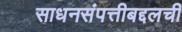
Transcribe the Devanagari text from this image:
साधनसंपत्तीबद्दलची